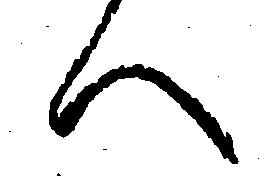
へ